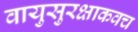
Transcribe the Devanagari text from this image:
वायुसुरक्षाकवच